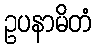
ဥပနာမိတံ